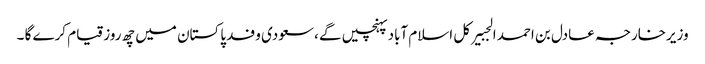
وزیرخارجہ عادل بن احمد الجبیرکل اسلام آباد پہنچیں گے ،سعودی وفد پاکستان میں چھ روز قیام کرے گا ۔